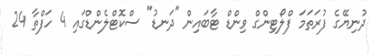
ދުނިޔޭގެ ފުރަތަމަ ފްލޯޓިންގް ވިންޑް ޓާބައިން "ދަނޑު" ސްކޮޓްލެންޑްގައި 4 ހަފްތާ 24